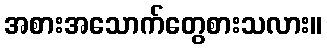
အစားအသောက်တွေစားသလား။